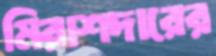
মিরাশদারের